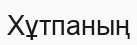
Хұтпаның